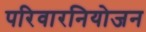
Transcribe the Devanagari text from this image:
परिवारनियोजन